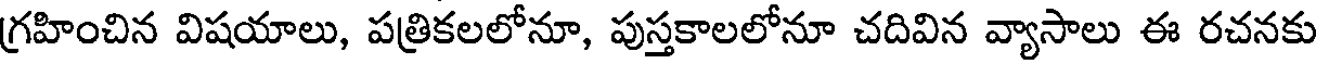
గ్రహించిన విషయాలు, పత్రికలలోనూ, పుస్తకాలలోనూ చదివిన వ్యాసాలు ఈ రచనకు